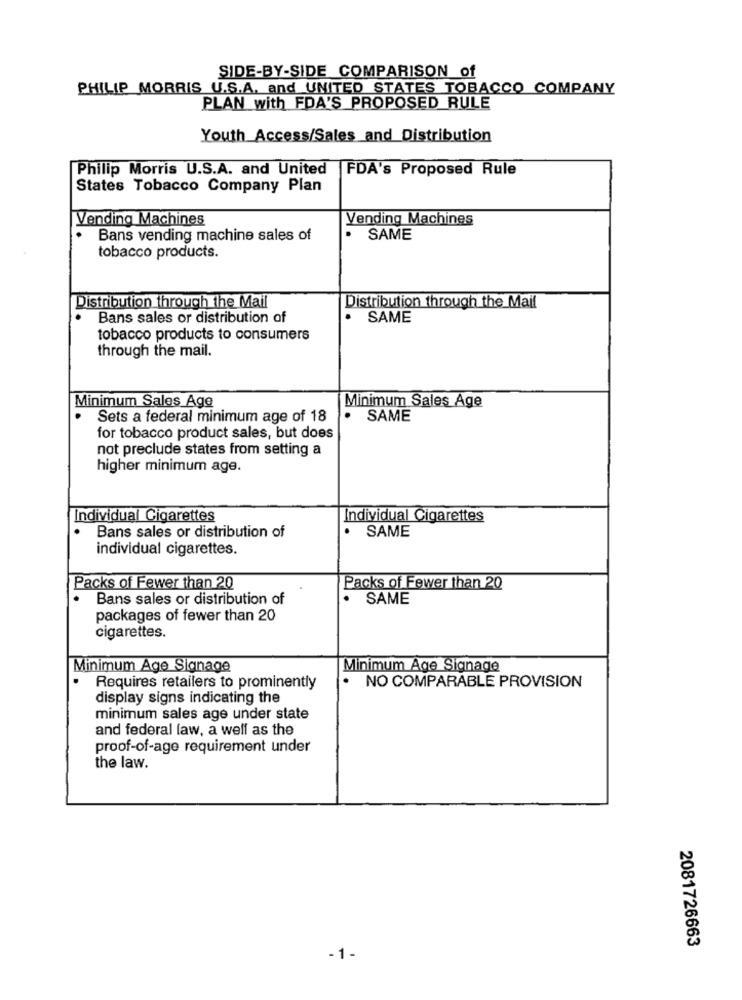
SIDE-BY-SIDE COMPARISON of
PHILIP MORRIS U.S.A. and UNITED STATES TOBACCO COMPANY
PLAN with FDA'S PROPOSED RULE
Youth Access/Sales and Distribution
Philip Morris U.S.A. and United
FDA's Proposed Rule
States Tobacco Company Plan
Vending Machines
Vending Machines
Bans vending machine sales of
SAME
tobacco products.
Distribution through the Mail
Distribution through the Mail
Bans sales or distribution of
.
SAME
tobacco products to consumers
through the mail.
Minimum Sales Age
Minimum Sales Age
Sets a federal minimum age of 18
SAME
for tobacco product sales, but does
not preclude states from setting a
higher minimum age.
Individual Cigarettes
Individual Cigarettes
Bans sales or distribution of
SAME
individual cigarettes.
Packs of Fewer than 20
Packs of Fewer than 20
.
Bans sales or distribution of
SAME
packages of fewer than 20
cigarettes.
Minimum Age Signage
Minimum Age Signage
.
.
Requires retailers to prominently
NO COMPARABLE PROVISION
display signs indicating the
minimum sales age under state
and federal law, a well as the
proof-of-age requirement under
the law.
2081726663
-1-